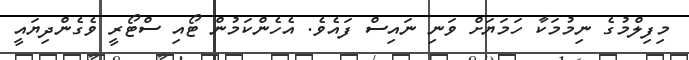
މިފިލްމުގެ ނިމުމަކާ ހަމަޔަށް ވަނި ނައިސް ފައެވެެ. އެހެންކަމުން ޓޯއި ސްޓޯރީ ވެގެންދިޔައީ